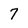
Character: 7